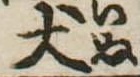
犬